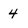
Character: 4